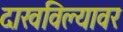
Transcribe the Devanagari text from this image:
दाखविल्यावर